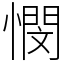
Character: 憫